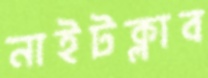
নাইটক্লাব